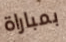
بمباراة